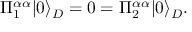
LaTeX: \Pi _ { 1 } ^ { \alpha \alpha } | 0 \rangle _ { D } = 0 = \Pi _ { 2 } ^ { \alpha \alpha } | 0 \rangle _ { D } . \,